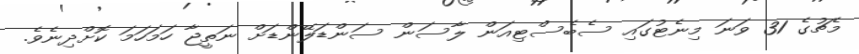
މެޗުގެ 31 ވަނަ މިނެޓުގައި ސެބެސްޓިއަން ލާސަން ސަންޑަލޭންޑަށް ނަތީޖާ ހަމަހަމަ ކޮށްދިނެވެ.